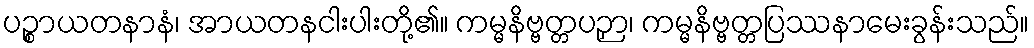
ပဉ္စာယတနာနံ၊ အာယတနငါးပါးတို့၏။ ကမ္မနိဗ္ဗတ္တပဉှာ၊ ကမ္မနိဗ္ဗတ္တပြဿနာမေးခွန်းသည်။